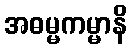
အဓမ္မကမ္မာနိ